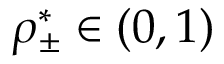
\rho _ { \pm } ^ { * } \in ( 0 , 1 )